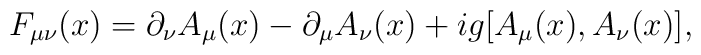
F_{\mu\nu}(x) = \partial_\nu A_\mu(x) - \partial_\mu A_\nu(x)   + ig [A_\mu(x), A_\nu(x)],